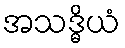
အသဒ္ဓိယံ